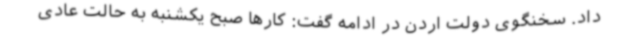
داد. سخنگوی دولت اردن در ادامه گفت: کارها صبح یکشنبه به حالت عادی